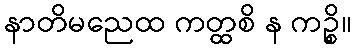
နာတိမညေထ ကတ္ထစိ န ကဉ္စိ။